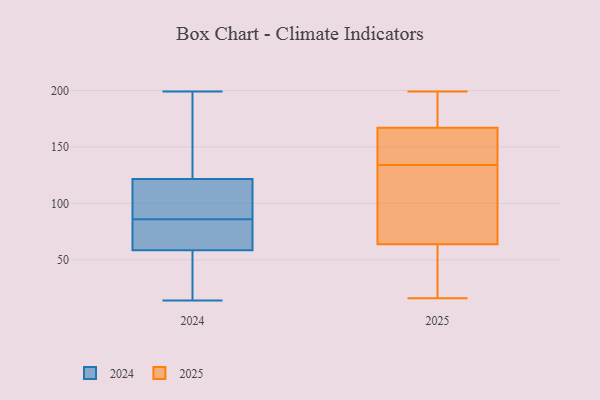
{"axis": {"x": "Operating Costs (USD K)", "y": "Value"}, "legend": ["2024", "2025"], "data": [{"x": "", "y": 141, "type": "2024"}, {"x": "", "y": 93, "type": "2024"}, {"x": "", "y": 115, "type": "2024"}, {"x": "", "y": 54, "type": "2024"}, {"x": "", "y": 181, "type": "2024"}, {"x": "", "y": 63, "type": "2024"}, {"x": "", "y": 73, "type": "2024"}, {"x": "", "y": 79, "type": "2024"}, {"x": "", "y": 199, "type": "2024"}, {"x": "", "y": 14, "type": "2024"}, {"x": "", "y": 33, "type": "2024"}, {"x": "", "y": 109, "type": "2024"}, {"x": "", "y": 68, "type": "2024"}, {"x": "", "y": 33, "type": "2024"}, {"x": "", "y": 121, "type": "2024"}, {"x": "", "y": 122, "type": "2024"}, {"x": "", "y": 162, "type": "2025"}, {"x": "", "y": 123, "type": "2025"}, {"x": "", "y": 100, "type": "2025"}, {"x": "", "y": 199, "type": "2025"}, {"x": "", "y": 134, "type": "2025"}, {"x": "", "y": 48, "type": "2025"}, {"x": "", "y": 84, "type": "2025"}, {"x": "", "y": 190, "type": "2025"}, {"x": "", "y": 35, "type": "2025"}, {"x": "", "y": 69, "type": "2025"}, {"x": "", "y": 134, "type": "2025"}, {"x": "", "y": 152, "type": "2025"}, {"x": "", "y": 19, "type": "2025"}, {"x": "", "y": 156, "type": "2025"}, {"x": "", "y": 182, "type": "2025"}, {"x": "", "y": 182, "type": "2025"}, {"x": "", "y": 16, "type": "2025"}]}